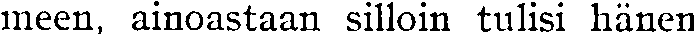
meen, ainoastaan silloin tulisi hänen